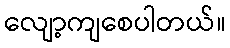
လျော့ကျစေပါတယ်။